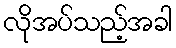
လိုအပ်သည့်အခါ